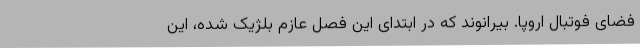
فضای فوتبال اروپا. بیرانوند که در ابتدای این فصل عازم بلژیک شده، این